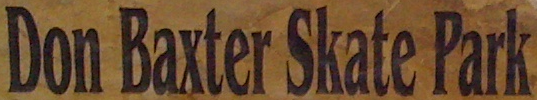
Don Baxter Skate Park